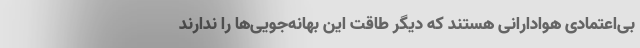
بی‌اعتمادی هوادارانی هستند که دیگر طاقت این بهانه‌جویی‌ها را ندارند